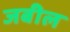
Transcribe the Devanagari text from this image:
जबील